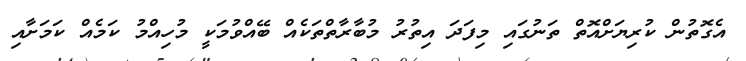
އެގޮތުން ކުރިޔަށްއޮތް ތަނުގައި މިފަދަ އިތުރު މުބާރާތްތަކެއް ބޭއްވުމަކީ މުހިއްމު ކަމެއް ކަމަށާއި